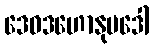
ဒေဝဒဟောနုပဒေါ